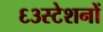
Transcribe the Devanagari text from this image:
६३स्टेशनों